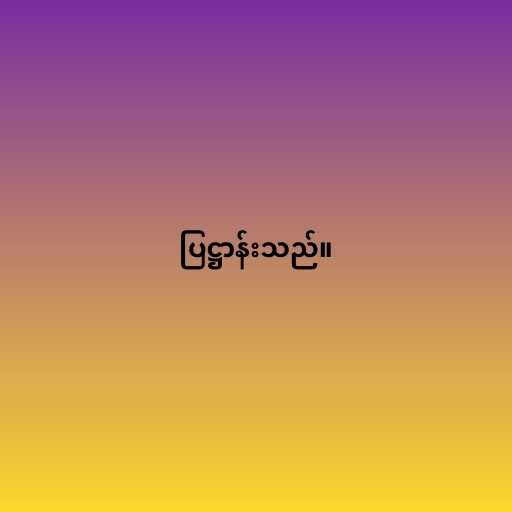
ပြဋ္ဌာန်းသည်။